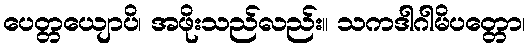
ပေတ္တယျောပိ၊ အဖိုးသည်လည်း။ သကဒါဂါမိပတ္တော၊